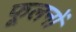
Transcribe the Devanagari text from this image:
फूलनों